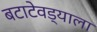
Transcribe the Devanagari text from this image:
बटाटेवड्याला